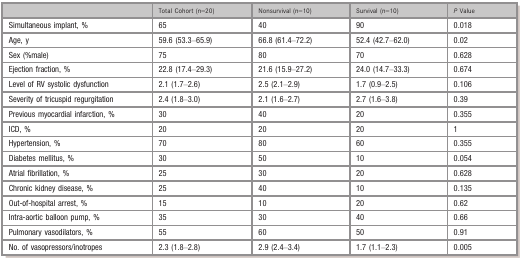
<table><thead><tr><td></td><td><b>Total Cohort (n=20)</b></td><td><b>Nonsurvival (n=10)</b></td><td><b>Survival (n=10)</b></td><td><b><i>P</i> Value</b></td></tr></thead><tbody><tr><td>Simultaneous implant, %</td><td>65</td><td>40</td><td>90</td><td>0.018</td></tr><tr><td>Age, y</td><td>59.6 (53.3–65.9)</td><td>66.8 (61.4–72.2)</td><td>52.4 (42.7–62.0)</td><td>0.02</td></tr><tr><td>Sex (%male)</td><td>75</td><td>80</td><td>70</td><td>0.628</td></tr><tr><td>Ejection fraction, %</td><td>22.8 (17.4–29.3)</td><td>21.6 (15.9–27.2)</td><td>24.0 (14.7–33.3)</td><td>0.674</td></tr><tr><td>Level of RV systolic dysfunction</td><td>2.1 (1.7–2.6)</td><td>2.5 (2.1–2.9)</td><td>1.7 (0.9–2.5)</td><td>0.106</td></tr><tr><td>Severity of tricuspid regurgitation</td><td>2.4 (1.8–3.0)</td><td>2.1 (1.6–2.7)</td><td>2.7 (1.6–3.8)</td><td>0.39</td></tr><tr><td>Previous myocardial infarction, %</td><td>30</td><td>40</td><td>20</td><td>0.355</td></tr><tr><td>ICD, %</td><td>20</td><td>20</td><td>20</td><td>1</td></tr><tr><td>Hypertension, %</td><td>70</td><td>80</td><td>60</td><td>0.355</td></tr><tr><td>Diabetes mellitus, %</td><td>30</td><td>50</td><td>10</td><td>0.054</td></tr><tr><td>Atrial fibrillation, %</td><td>25</td><td>30</td><td>20</td><td>0.628</td></tr><tr><td>Chronic kidney disease, %</td><td>25</td><td>40</td><td>10</td><td>0.135</td></tr><tr><td>Out‐of‐hospital arrest, %</td><td>15</td><td>10</td><td>20</td><td>0.62</td></tr><tr><td>Intra‐aortic balloon pump, %</td><td>35</td><td>30</td><td>40</td><td>0.66</td></tr><tr><td>Pulmonary vasodilators, %</td><td>55</td><td>60</td><td>50</td><td>0.91</td></tr><tr><td>No. of vasopressors/inotropes</td><td>2.3 (1.8–2.8)</td><td>2.9 (2.4–3.4)</td><td>1.7 (1.1–2.3)</td><td>0.005</td></tr></tbody></table>